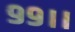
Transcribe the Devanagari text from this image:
९९।।